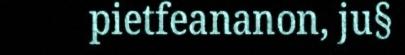
pietfeananon, ju§